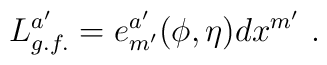
L^{a'}_{g.f.} =e^{a'} _{m'} (\phi, \eta) dx^{m'}  \ .